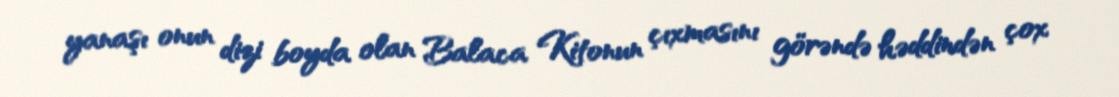
yanaşı onun dizi boyda olan Balaca Kitonun çıxmasını görəndə həddindən çox